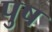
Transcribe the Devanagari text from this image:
पुष